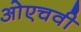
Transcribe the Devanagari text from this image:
ओएचवी